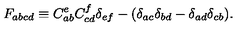
F _ { a b c d } \equiv C _ { a b } ^ { e } C _ { c d } ^ { f } \delta _ { e f } - ( \delta _ { a c } \delta _ { b d } - \delta _ { a d } \delta _ { c b } ) .